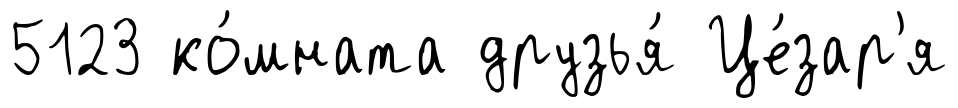
5123 ко́мната друзья́ Це́зар'я